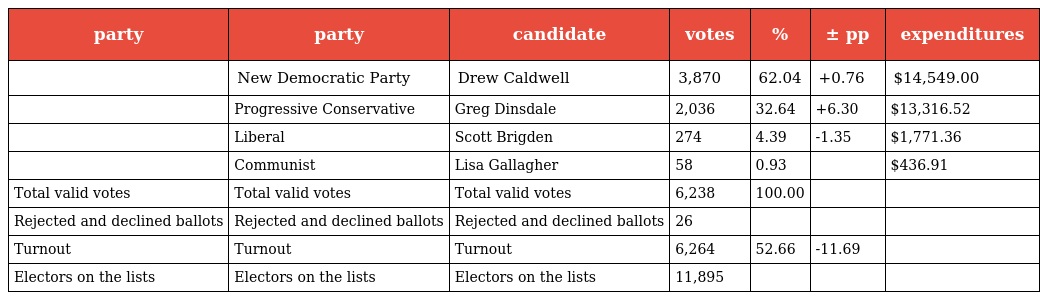
| party | party | candidate | votes | % | ± pp | expenditures |
 | --- | --- | --- | --- | --- | --- | --- |
 |  | New Democratic Party | Drew Caldwell | 3,870 | 62.04 | +0.76 | $14,549.00 |
 |  | Progressive Conservative | Greg Dinsdale | 2,036 | 32.64 | +6.30 | $13,316.52 |
 |  | Liberal | Scott Brigden | 274 | 4.39 | -1.35 | $1,771.36 |
 |  | Communist | Lisa Gallagher | 58 | 0.93 |  | $436.91 |
 | Total valid votes | Total valid votes | Total valid votes | 6,238 | 100.00 |  |  |
 | Rejected and declined ballots | Rejected and declined ballots | Rejected and declined ballots | 26 |  |  |  |
 | Turnout | Turnout | Turnout | 6,264 | 52.66 | -11.69 |  |
 | Electors on the lists | Electors on the lists | Electors on the lists | 11,895 |  |  |  |